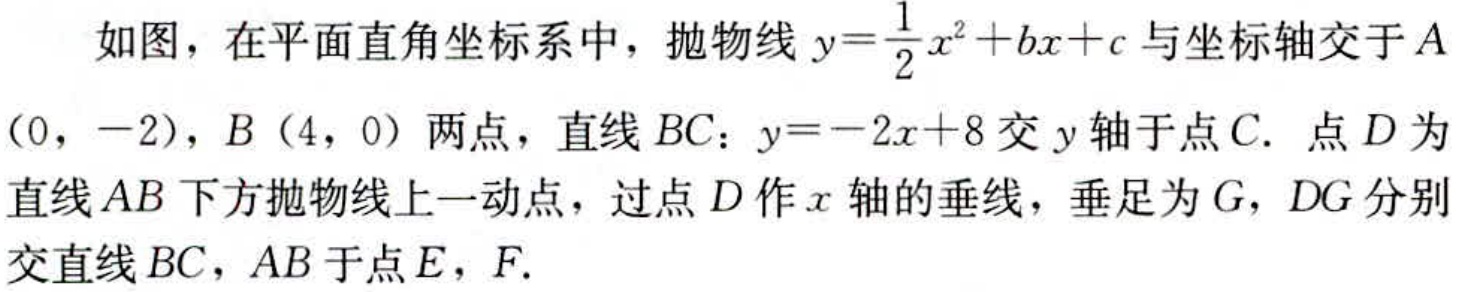
如图，在平面直角坐标系中，抛物线\(y = \frac{1}{2}x^{2}+bx + c\)与坐标轴交于\(A(0,-2)\)，\(B(4,0)\)两点，直线\(BC\)：\(y=-2x + 8\)交\(y\)轴于点\(C\). 点\(D\)为直线\(AB\)下方抛物线上一动点，过点\(D\)作\(x\)轴的垂线，垂足为\(G\)，\(DG\)分别交直线\(BC\)，\(AB\)于点\(E\)，\(F\).